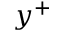
y ^ { + }